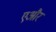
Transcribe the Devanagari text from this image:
एऔर